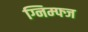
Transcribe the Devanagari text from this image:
ग्निम्फ्ज